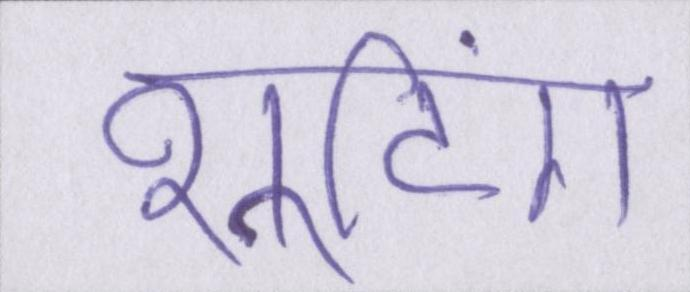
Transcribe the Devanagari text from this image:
शूटिंग